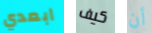
ابعدي كيف أن